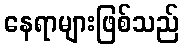
နေရာများဖြစ်သည်